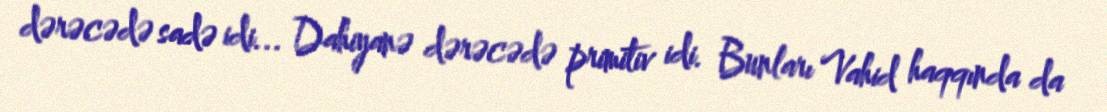
dərəcədə sadə idi... Dahiyanə dərəcədə primitiv idi. Bunları Vahid haqqında da